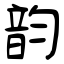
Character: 韵